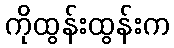
ကိုထွန်းထွန်းက